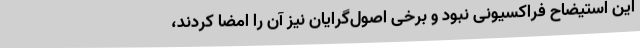
این استیضاح فراکسیونی نبود و برخی اصول‌گرایان نیز آن را امضا کردند،